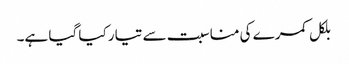
بلکل کمرے کی مناسبت سے تیار کیا گیا ہے۔